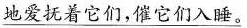
\underline{地爱抚着它们，催它们入睡。}